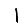
Digit: 1